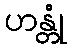
ဟန္တုံ